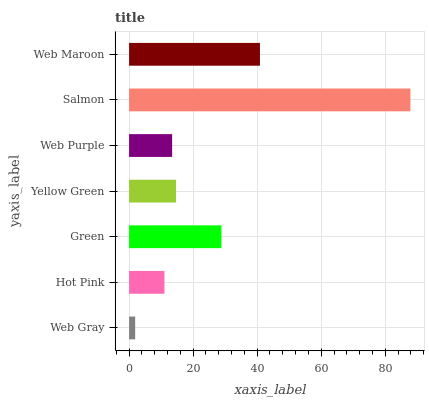
| yaxis_label | bars |
 | --- | --- |
 | Web Gray | 1.9 |
 | Hot Pink | 11 |
 | Green | 28.8 |
 | Yellow Green | 14.7 |
 | Web Purple | 13.4 |
 | Salmon | 87.8 |
 | Web Maroon | 40.9 |